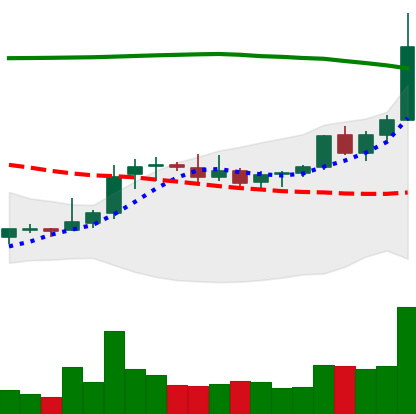
Ticker: XRP-USD
Chart end date: 2021-08-11
Forward return: 17.626%
Label: up_7plus